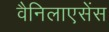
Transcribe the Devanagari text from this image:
वैनिलाएसेंस